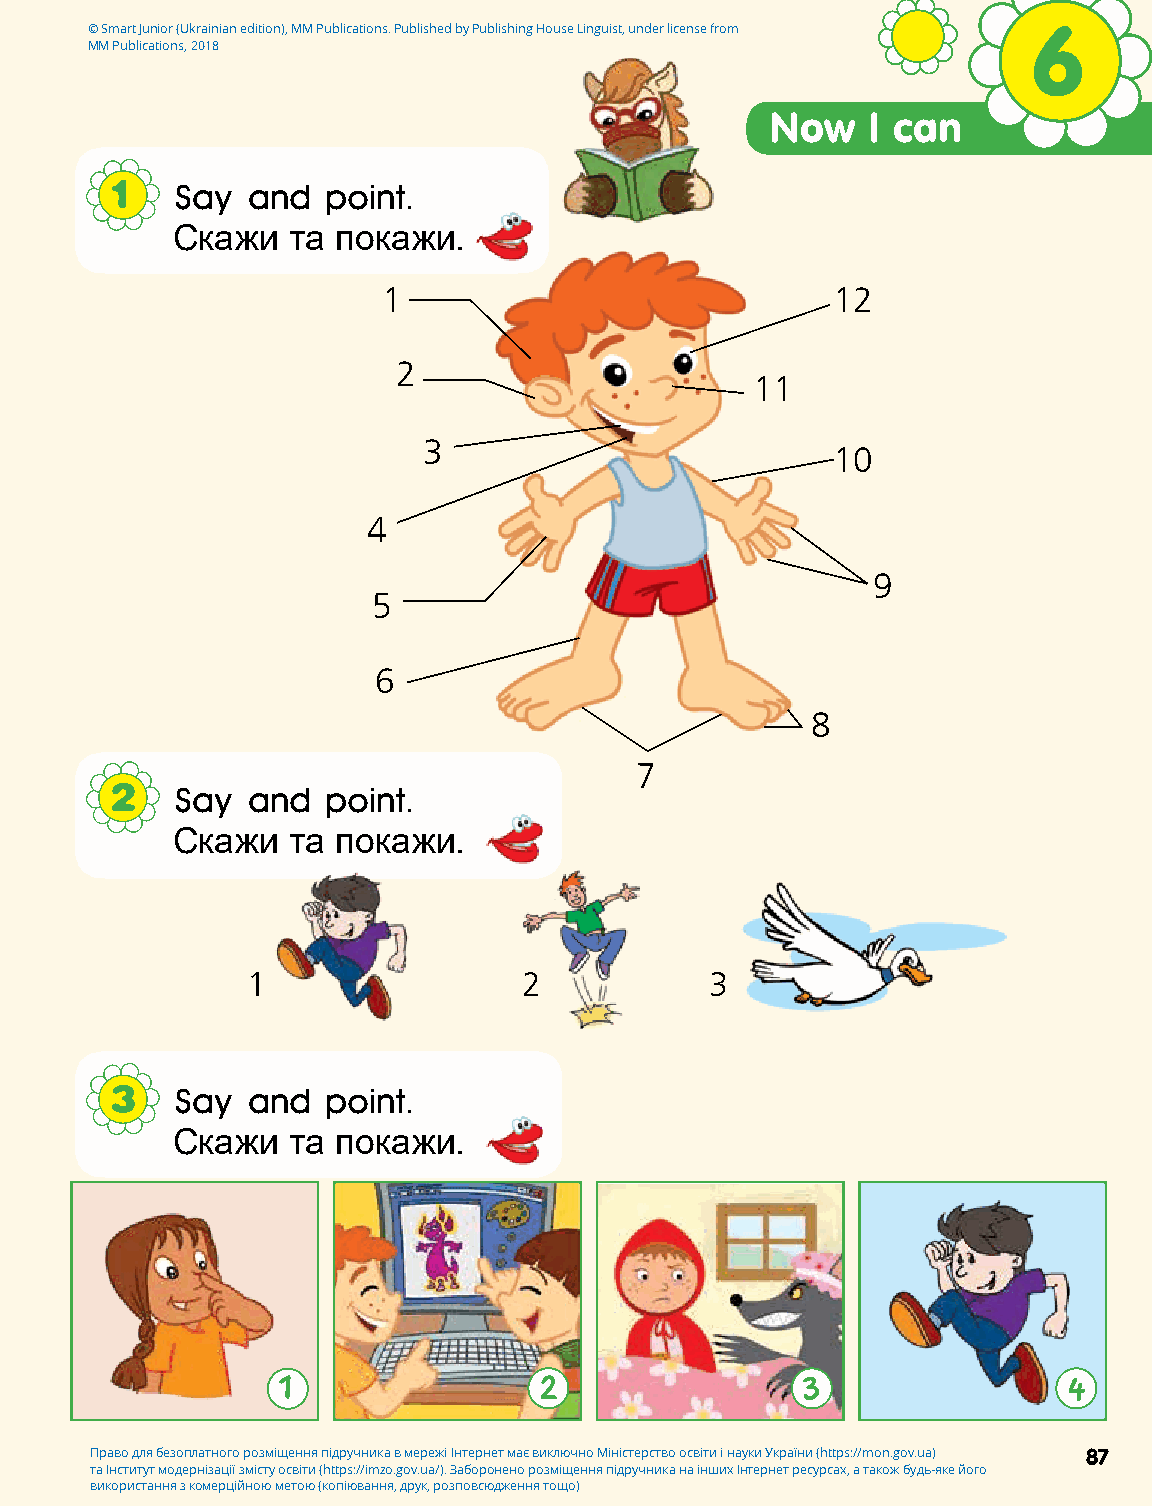
© Smart Junior (Ukrainian edition), MM Publications. Published by Publishing House Linguist, under license from 6
 MM Publications, 2018
 Now   I can
 1   Say  and  point.
 Скажи   та покажи.
 1                             12
 2
 11
 3
 10
 4
 9
 5
 6
 8
 7
 2   Say  and  point.
 Скажи   та покажи.
 1                  2           3
 3   Say  and  point.
 Скажи   та покажи.
 1                 2                3                 4
 Право для безоплатного розміщення підручника в мережі Інтернет має виключно Міністерство освіти і науки України (https://mon.gov.ua) 87
 та Інститут модернізації змісту освіти (https://imzo.gov.ua/). Заборонено розміщення підручника на інших Інтернет ресурсах, а також будь-яке його
 використання з комерційною метою (копіювання, друк, розповсюдження тощо)